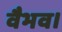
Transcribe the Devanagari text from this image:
वैभव।